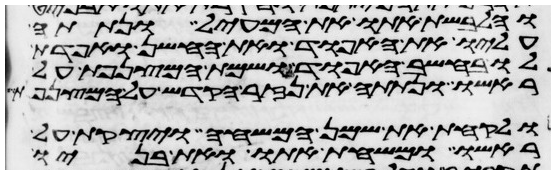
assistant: והלבשת אתו את המעיל ונתתה
עליו את האפוד ואת החשן ואפדת
לו בחשב האפוד ושמת המצנפת על
ראשו ונתתה את נזר הקדש על המצנפת
ולקחת את שמן המשחה ויצקת על
ראשו ומשחת אתו ואת בניו